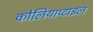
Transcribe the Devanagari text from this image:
कोलियाप्टाइल